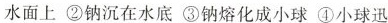
水面上 ②钠沉在水底 ③钠熔化成小球 ④小球迅